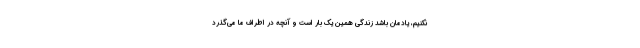
نکنیم، یادمان باشد زندگی همین یک بار است و آنچه در اطراف ما می‌گذرد